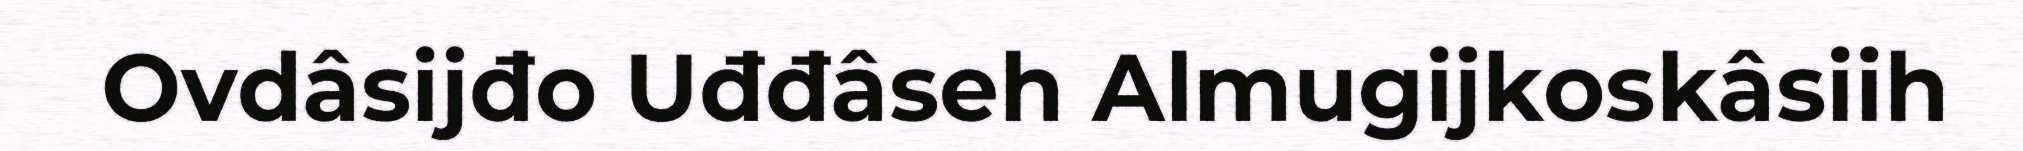
Ovdâsijđo Uđđâseh Almugijkoskâsiih